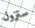
ستزول